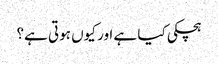
ہچکی کیا ہے اور کیوں ہوتی ہے؟